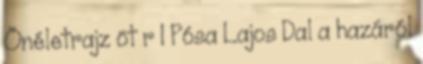
Önéletrajz öt r 1 Pósa Lajos Dal a hazáról